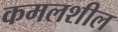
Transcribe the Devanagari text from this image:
कमलशील